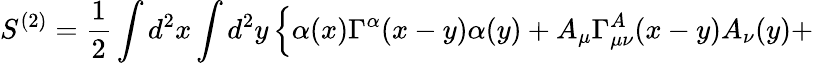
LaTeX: S^{(2)}=\frac{1}{2}\int d^{2}x\int d^{2}y\left\{ \alpha(x)\Gamma^{\alpha}(x-y)\alpha(y)+A_{\mu}\Gamma_{\mu\nu}^{A}(x-y)A_{\nu}(y)+\right.